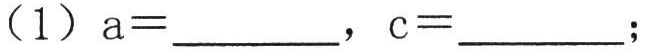
（1）\(a = \underline{\quad\quad}\)，\(c = \underline{\quad\quad}\)；